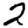
Digit: 2